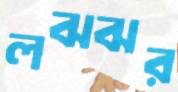
লঝঝর